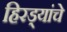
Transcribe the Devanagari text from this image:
हिरड्यांचे